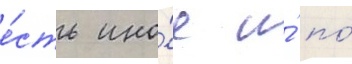
е́сть ино́е и́ по́